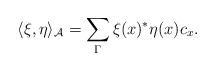
LaTeX: \begin{gather*}\langle\xi, \eta \rangle_{\mathcal A}=\sum\limits_\Gamma \xi(x)^* \eta(x) c_x.\end{gather*}